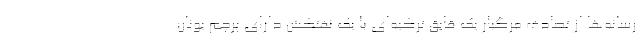
رسانه‌ها از تصادف مرگبار یک قایق ترکیه‌ای با یک نفتکش دارای پرچم یونان